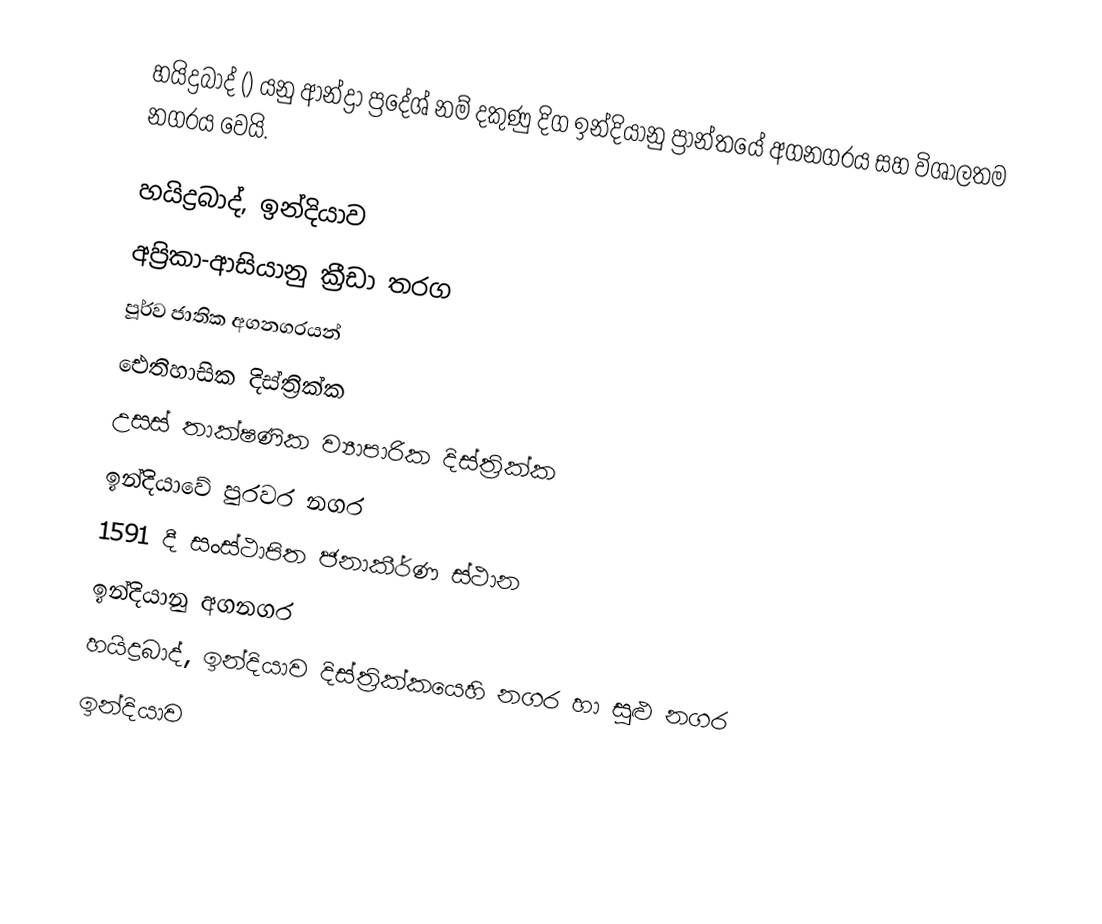
හයිද්‍රබාද් () යනු ආන්ද්‍රා ප්‍රදේශ් නම් දකුණු දිග  ඉන්දියානු ප්‍රාන්තයේ අගනගරය සහ විශාලතම නගරය වෙයි.

හයිද්‍රබාද්, ඉන්දියාව
අප්‍රිකා-ආසියානු ක්‍රීඩා තරග
පූර්ව ජාතික අගනගරයන්
ඓතිහාසික දිස්ත්‍රික්ක
උසස් තාක්ෂණික ව්‍යාපාරික දිස්ත්‍රික්ක
ඉන්දියාවේ පුරවර නගර
1591 දී සංස්ථාපිත ජනාකීර්ණ ස්ථාන
ඉන්දියානු අගනගර
හයිද්‍රබාද්, ඉන්දියාව දිස්ත්‍රික්කයෙහි නගර හා සුළු නගර
ඉන්දියාව